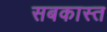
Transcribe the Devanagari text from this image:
सबकास्त